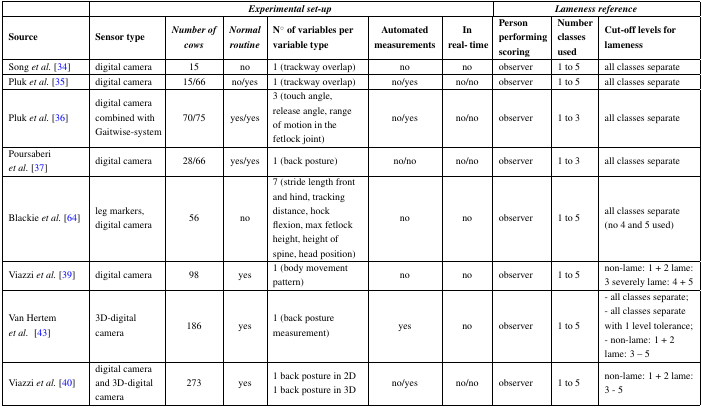
|  | <COLSPAN=6> Experimental set-up | <COLSPAN=3> Lameness reference |
 | Source | Sensor type | Number of cows | Normal routine | N° of variables per variable type | Automated measurements | In real- time | Person performing scoring | Number classes used | Cut-off levels for lameness |
 | --- | --- | --- | --- | --- | --- | --- | --- | --- | --- |
 | Song et al. [34] | digital camera | 15 | no | 1 (trackway overlap) | no | no | observer | 1 to 5 | all classes separate |
 | Pluk et al. [35] | digital camera | 15/66 | no/yes | 1 (trackway overlap) | no/yes | no/no | observer | 1 to 5 | all classes separate |
 | Pluk et al. [36] | digital camera combined with Gaitwise-system | 70/75 | yes/yes | 3 (touch angle, release angle, range of motion in the fetlock joint) | no/yes | no/no | observer | 1 to 3 | all classes separate |
 | Poursaberi et al. [37] | digital camera | 28/66 | yes/yes | 1 (back posture) | no/no | no/no | observer | 1 to 3 | all classes separate |
 | Blackie et al. [64] | leg markers, digital camera | 56 | no | 7 (stride length front and hind, tracking distance, hock flexion, max fetlock height, height of spine, head position) | no | no | observer | 1 to 5 | all classes separate (no 4 and 5 used) |
 | Viazzi et al. [39] | digital camera | 98 | yes | 1 (body movement pattern) | no | no | observer | 1 to 5 | non-lame: 1 + 2 lame: 3 severely lame: 4 + 5 |
 | Van Hertem et al. [43] | 3D-digital camera | 186 | yes | 1 (back posture measurement) | yes | no | observer | 1 to 5 | - all classes separate; - all classes separate with 1 level tolerance; - non-lame: 1 + 2 lame: 3 – 5 |
 | Viazzi et al. [40] | digital camera and 3D-digital camera | 273 | yes | 1 back posture in 2D 1 back posture in 3D | no/yes | no/no | observer | 1 to 5 | non-lame: 1 + 2 lame: 3 - 5 |